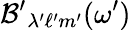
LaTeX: \mathcal{B^{\prime}}_{\lambda^{\prime}\ell^{\prime}m^{\prime}}(\omega^{\prime})